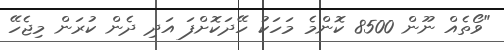
"ވޯތެއް ނޫން 8500 ކޮންމެ މަހަކު ހޭދަކޮށްފަ އަދި ދެން ކުރަން މިޖެހޭ